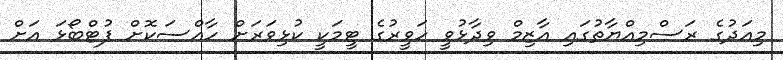
މިއަދުގެ ރަސްމިއްޔާތުގައި އާޒިމް ވިދާޅުވީ ހަވީރުގެ ޓީމަކީ ކުޅިވަރަށް ހާއްސަކޮށް ފުޓްބޯޅަ އަށް